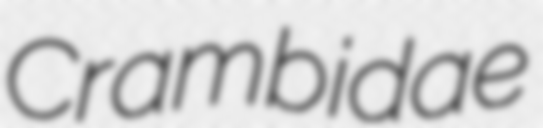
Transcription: Crambidae